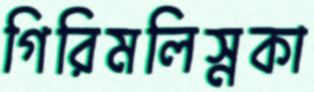
গিরিমলিস্নকা